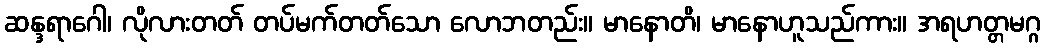
ဆန္ဒရာဂေါ၊ လိုလားတတ် တပ်မက်တတ်သော လောဘတည်း။ မာနောတိ၊ မာနောဟူသည်ကား။ အရဟတ္တမဂ္ဂ